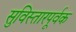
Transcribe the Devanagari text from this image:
सुविस्तारपूर्वक